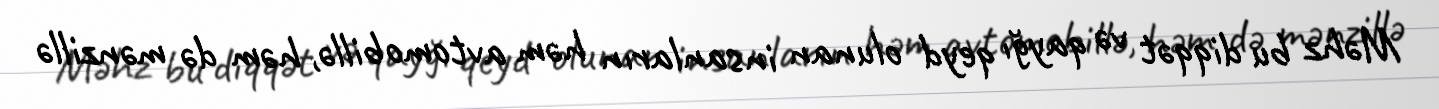
Məhz bu diqqət və qayğı qeyd olunan insanların həm avtomobillə, həm də mənzillə